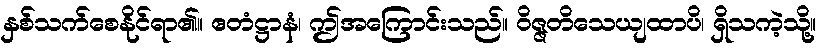
နှစ်သက်စေနိုင်ရာ၏။ ဧတံဋ္ဌာနံ၊ ဤအကြောင်းသည်။ ဝိဇ္ဇတိသေယျထာပိ၊ ရှိသကဲ့သို့။